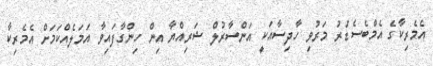
އެމެރިކާގެ އެމްބެސެޑަރު މަރުވި ހާދިސާއަކީ އަންސާރުލް ޝަރިއްޔާ އިން ހިންގާފައިވާ އަމަލެއްކަމަށް އެމެރިކާ